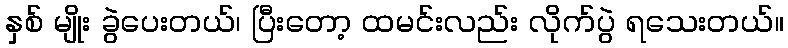
နှစ် မျိုး ခွဲပေးတယ်၊ ပြီးတော့ ထမင်းလည်း လိုက်ပွဲ ရသေးတယ်။